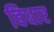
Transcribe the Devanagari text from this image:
विधार